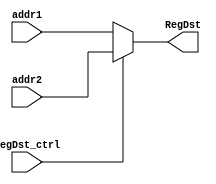
module RegMUX(
    // Outputs
    output [4:0] RegDst,
    // Inputs
    input [4:0] addr1,
    input [4:0] addr2,
    input RegDst_ctrl
);

    assign RegDst = (RegDst_ctrl) ? addr2 : addr1;

endmodule